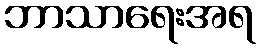
ဘာသာရေးအရ